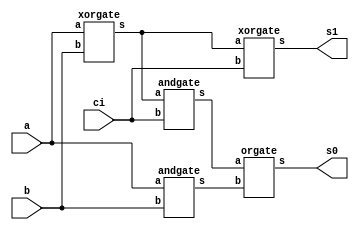
// -------------------------
// Exemplo0021  FULL ADDER 
// Nome: Gustavo Barbosa


//full adder
module fullAdder (output s1, output s0, input a, input b,  input ci);

   wire x,y,z;
   xorgate XOR1(x,a,b);
   andgate AND1(y,a,b);
   xorgate XOR2(s1,x,ci);
   andgate AND2(z,x,ci);
   orgate OR2(s0,z,y);

endmodule

module fullAdder4 (output [4:0] s, input [3:0] a, input [3:0] b);                               
                               
   wire v1,v2,v3,v0;
   halfAdder HA1(s[0],v0,a[0],b[0]);
   fullAdder FA1(s[1],v1,a[1],b[1],v0);
   fullAdder FA2(s[2],v2,a[2],b[2],v1);
   fullAdder FA3(s[3],v3,a[3],b[3],v2);
   conc C1(s[4],v3);

endmodule

module conc (output s, input a);

  assign s = a;

endmodule

module halfAdder (output s0, output s1, input a, input b);
 xorgate XOR1(s1,a,b);     
 andgate AND1(s0,a,b);


endmodule

module andgate (output s, input a, input b);
  assign s = a & b;
endmodule

module xorgate (output s, input a, input b);
  assign s = a ^ b;
endmodule

module orgate (output s, input a,  input b);
  assign s = a | b;
endmodule

module test_fullAdder; 
//definir dados
      reg [3:0] x; 
      reg [3:0] y;
      wire [4:0] soma;
      
      fullAdder4 FA41(soma,x,y);

 
//parte principal
 initial begin 
      $display("Exemplo0021 - Gustavo Barbosa - 427410");
      $display("Test ALUs full adder"); 
      
      x=4'b0000; y=4'b0000; 
      $monitor("%4b %4b = %4b",x,y,soma);
      #1 x=4'b0101; y=4'b0111;
      #1 x=4'b0011; y=4'b0100;
      #1 x=4'b0110; y=4'b0100;
      #1 x=4'b0111; y=4'b0111;
      #1 x=4'b0100; y=4'b0010;
 
 end 
 
endmodule